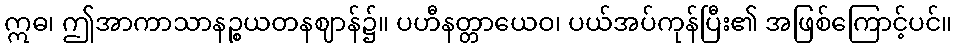
ဣဓ၊ ဤအာကာသာနဉ္စယတနဈာန်၌။ ပဟီနတ္တာယေဝ၊ ပယ်အပ်ကုန်ပြီး၏ အဖြစ်ကြောင့်ပင်။